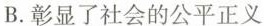
B. 彰显了社会的公平正义